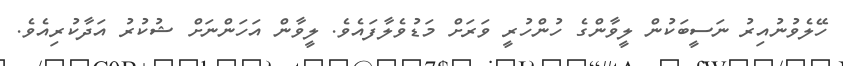
ހޭލެވުނުއިރު ނަސީބަކުން ލީވާންގެ ހުންހުރީ ވަރަށް މަޑުވެލާފައެވެ. ލީވާން އަހަންނަށް ޝުކުރު އަދާކުރިއެވެ.